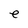
Character: e